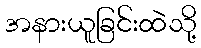
အနားယူခြင်းထဲသို့